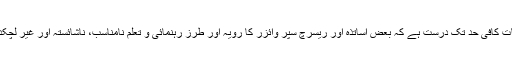
جواب :یہ بات کافی حد تک درست ہے کہ بعض اساتذہ اور ریسرچ سپر وائزر کا رویہ اور طرز رہنمائی و تعلّم نامناسب، ناشائستہ اور غیر لچکدار ہوتا ہے۔